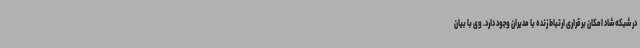
در شبکه شاد امکان برقراری ارتباط زنده با مدیران وجود دارد. وی با بیان